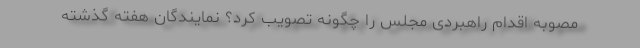
مصوبه اقدام راهبردی مجلس را چگونه تصویب کرد؟ نمایندگان هفته گذشته